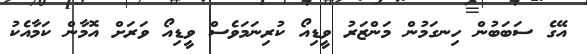
އޭގެ ސަބަބުން ހިނގަމުން މަންޒަރު ވީޑިއޯ ކުރިނަމަވެސް ވީޑިއޯ ވަރަށް އޮމާން ކަމާއެކު